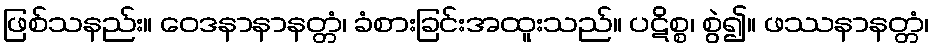
ဖြစ်သနည်း။ ဝေဒနာနာနတ္တံ၊ ခံစားခြင်းအထူးသည်။ ပဋိစ္စ၊ စွဲ၍။ ဖဿနာနတ္တံ၊